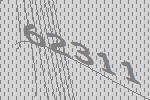
62311